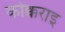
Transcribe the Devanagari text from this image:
कोक्कराइ